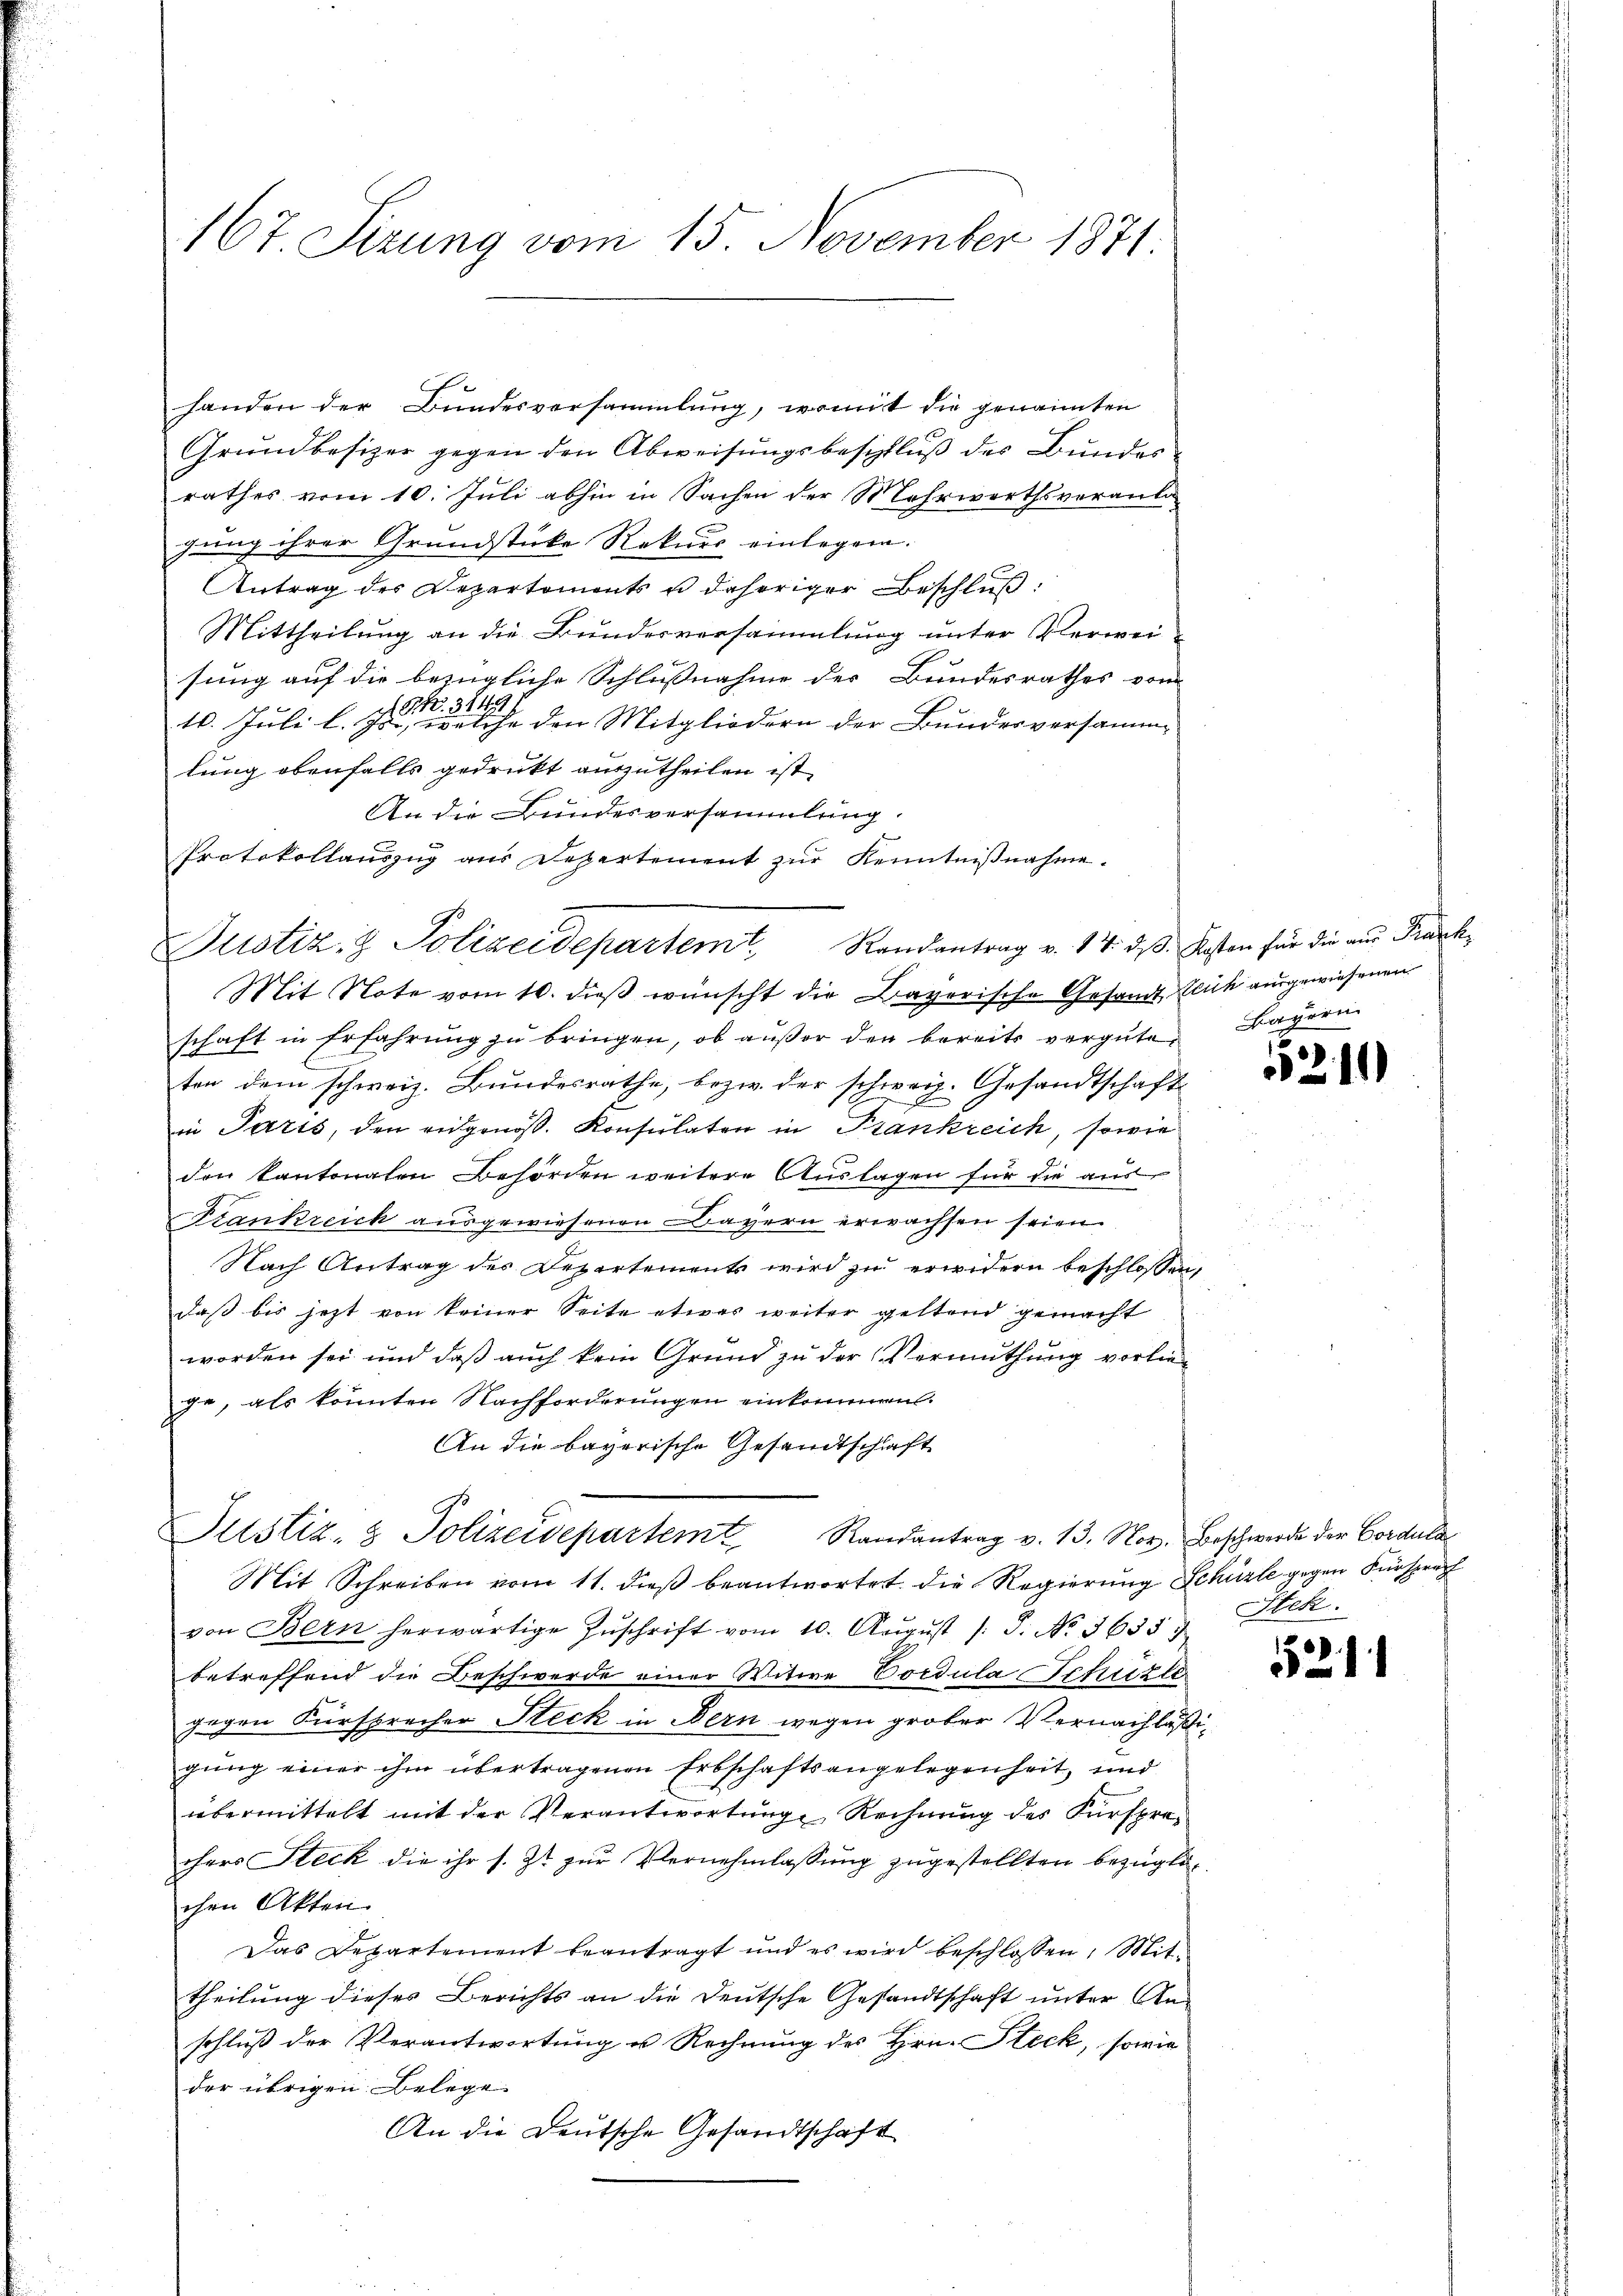
167. Sizung vom 15. November 1871:

handen der Bundesversammlung, womit die genannten
Grundbesizer gegen den Abweisungsbeschluß des Bundesrathes vom 10. Juli abhin in Sachen der Mehrwerthsveranla
gung ihrer Grundstücke Rekurs einlegen.
Antrag der Departements u daheriger Beschluß:
Mittheilung an die Bundesversammlung unter Verweisung auf die bezügliche Schlußnahme der Bundesrathes von
10. Juli l. Js. stehe den Mitgliedern der Bundesversamme
lung ebenfalls gedrukt auszutheilen ist,
An die Bundesversammlung.
Protokollauszug aus Departement zur Kenntnißnahme.
Mit Note vom 10. dieß wünscht die Bayerische Gesandt, Blick ausgewiesenen
schaft in Erfahrung zu bringen, ob außer den bereits vergüte
ten dem schweiz. Bundesrathe, bezw. der schweiz. Gesandtschaft
in Paris, den eidgenoß. Konsulaten in Frankreich, sowie
den kantonalen Behörden weitere Auslagen für die aus
Frankreich ausgewiesenen Bayern erwachsen seien.
Nach Antrag des Departements wird zu erwidern beschlossen,
daß bis jetzt von keiner Seite etwas weiter geltend gemacht
worden sei und daß auch kein Grund zu der Vermuthung vorliege, als könnten Nachforderungen einkommen.
An die bayerische Gesandtschaft
Justiz- & Polizeidepartem Randantrag v. 13. Nov. Beschwerde der Cordula
Mit Schreiben vom 11. dieß beantwortet die Regierung Schüzle gegen Fürsprach
von Bern herwärtige Zŭschrift vom 10. Aŭgŭst /: P. No. 3635
betreffend die Beschwerde einer Witwe Cordula chiisler
gegen Fürsprecher Steck in Bern wegen großer Vernachläß
gung einer ihm übertragenen Erbschaftsangelegenheit, und
übermittelt mit der Verantwortŭng Rechnŭng des Fürspre-
chers Steck die ihr s. Zt. zur Vernehmlassung zugestellten bezüglichen Akten
Das Departement beantragt und es wird beschlossen, Mit-
theilung dieses Berichts an die Deutsche Gesandtschaft unter Anschluß der Verantwortung u Rechnung des Hrn. Steck, sowie
der übrigen Belege.
An die Deutsche Gesandtschaft

Justiz- & Polizeidepartemt, Randantrag v. 14. d. d. Kosten für die aus Frauch

Bayern

2

521

Stek.

2